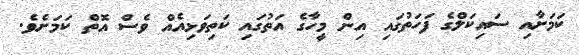
ކަމަށާއި ސައިކަލްގެ ފަހަތުގައި އިން މީހާގެ އަތުގައި ކަތިވަޅިއެއް ވެސް އޮތް ކަމަށެވެ.